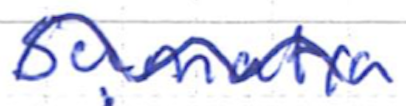
Text: Sumatra
Cross-out: wave
Writing tool: ballpoint